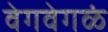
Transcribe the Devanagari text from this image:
वेगवेगळं